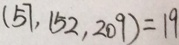
( 5 7 , 1 5 2 , 2 0 9 ) = 1 9